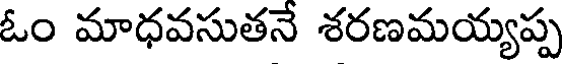
ఓం మాధవసుతనే శరణమయ్యప్ప